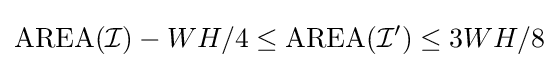
\mathrm {AREA} ({\mathcal {I}})-WH/4\leq \mathrm {AREA} ({\mathcal {I'}})\leq 3WH/8